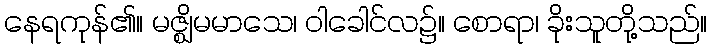
နေရကုန်၏။ မဇ္ဈိမမာသေ၊ ဝါခေါင်လ၌။ စောရာ၊ ခိုးသူတို့သည်။